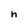
Character: h